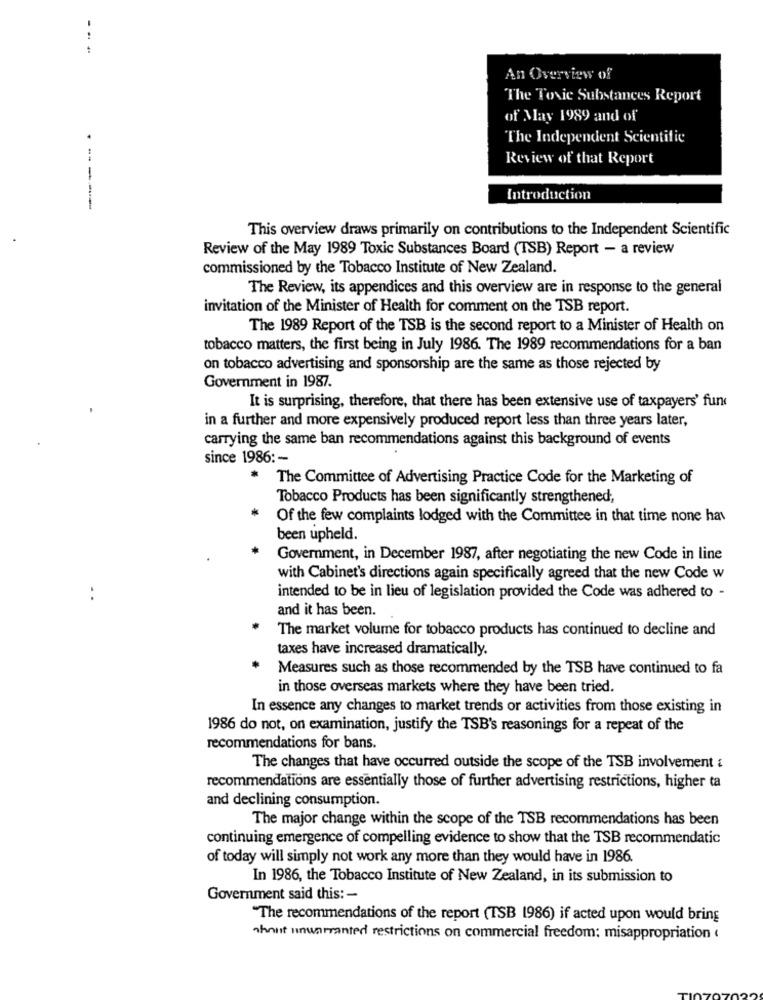
An Overview of
The Toxic Substances Report
of May 1989 and of
The Independent Scientific
Review of that Report
Introduction
This overview draws primarily on contributions to the Independent Scientific
Review of the May 1989 Toxic Substances Board (TSB) Report - a review
commissioned by the Tobacco Institute of New Zealand.
The Review, its appendices and this overview are in response to the general
invitation of the Minister of Health for comment on the TSB report.
The 1989 Report of the TSB is the second report to a Minister of Health on
tobacco matters, the first being in July 1986. The 1989 recommendations for a ban
on tobacco advertising and sponsorship are the same as those rejected by
Government in 1987.
It is surprising, therefore, that there has been extensive use of taxpayers' fun
in a further and more expensively produced report less than three years later,
carrying the same ban recommendations against this background of events
since 1986 :-
The Committee of Advertising Practice Code for the Marketing of
Tobacco Products has been significantly strengthened,
Of the few complaints lodged with the Committee in that time none hav
been upheld.
Government, in December 1987, after negotiating the new Code in line
with Cabinet's directions again specifically agreed that the new Code w
..
intended to be in lieu of legislation provided the Code was adhered to -
and it has been.
The market volume for tobacco products has continued to decline and
taxes have increased dramatically.
Measures such as those recommended by the TSB have continued to fa
in those overseas markets where they have been tried.
In essence any changes to market trends or activities from those existing in
1986 do not, on examination, justify the TSB's reasonings for a repeat of the
recommendations for bans.
The changes that have occurred outside the scope of the TSB involvement &
recommendations are essentially those of further advertising restrictions, higher ta
and declining consumption.
The major change within the scope of the TSB recommendations has been
continuing emergence of compelling evidence to show that the TSB recommendatic
of today will simply not work any more than they would have in 1986.
In 1986, the Tobacco Institute of New Zealand, in its submission to
Government said this: -
"The recommendations of the report (TSB 1986) if acted upon would bring
shout unwarranted restrictions on commercial freedom: misappropriation (